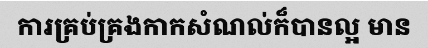
ការគ្រប់គ្រងកាកសំណល់ក៏បានល្អ មាន